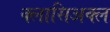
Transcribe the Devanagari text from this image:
क्लासिअक्ल